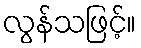
လွန်သဖြင့်။